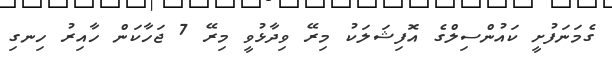
ގެމަނަފުށީ ކައުންސިލްގެ އޮފިޝަލަކު މިރޭ ވިދާޅުވީ މިރޭ 7 ޖަހާކަން ހާއިރު ހިނގި